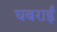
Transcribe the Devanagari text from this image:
घबराईं